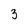
Character: 3